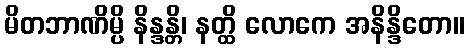
မိတဘာဏိမ္ပိ နိန္ဒန္တိ၊ နတ္ထိ လောကေ အနိန္ဒိတော။